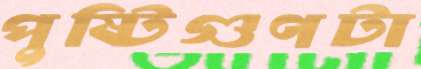
পুষ্টিগুণটা